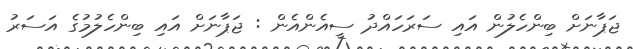
ޖަޕާނަށް ބިންހެލުން އައި ސަރަހައްދު ސީއެންއެން : ޖަޕާނަށް އައި ބިންހެލުމުގެ އަސަރު